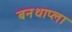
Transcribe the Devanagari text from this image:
बनथाप्ला